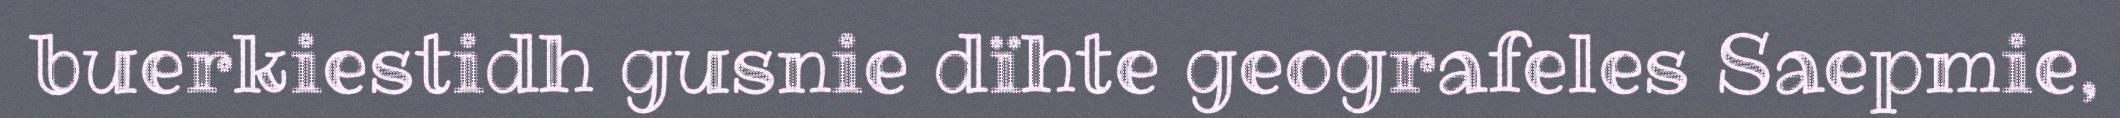
buerkiestidh gusnie dïhte geografeles Saepmie,